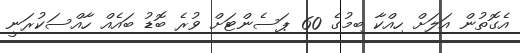
އެގޮތުން އަލަށް ހިއްކާ ބިމުގެ 60 ޕަސެންޓަށް ވުރެ ބޮޑު ބައެއް ހާއްސަކުރަނީ